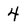
Character: 4